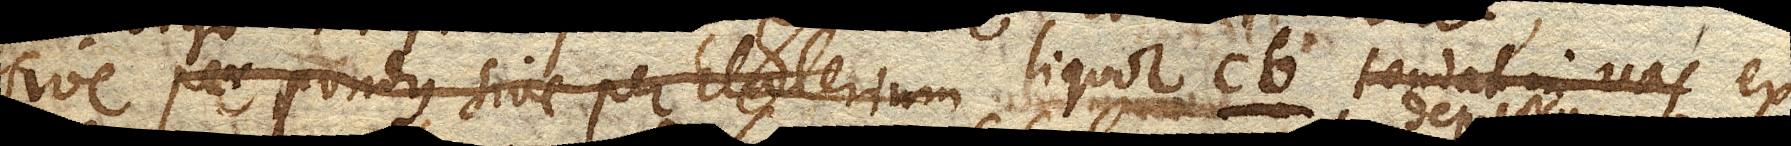
sive per pondus sive per Elaterium liquor cb. tendat in vas ex